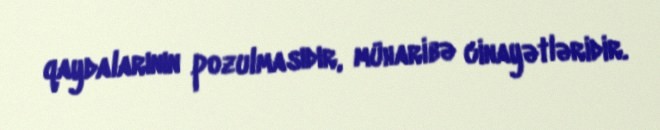
qaydalarının pozulmasıdır, müharibə cinayətləridir.